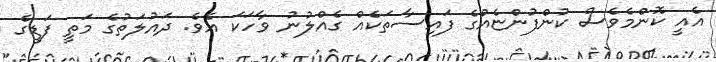
އެއީ ކޮންމެވެސް ކުންފުންޏެއްގެ ފައިސާތަކެއް ގެއްލުނު ވާހަކަ އެވެ. ދައުލަތުގެ މަތީ ފަޑީގެ